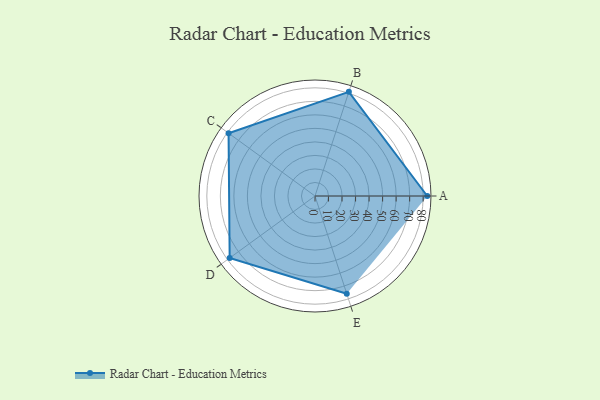
{"axis": {"x": "Skill", "y": "Score"}, "legend": ["Profile"], "data": [{"x": "A", "y": 83.0, "type": "Profile"}, {"x": "B", "y": 81.0, "type": "Profile"}, {"x": "C", "y": 79.0, "type": "Profile"}, {"x": "D", "y": 78.0, "type": "Profile"}, {"x": "E", "y": 76.0, "type": "Profile"}]}